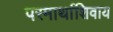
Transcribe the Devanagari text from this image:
परमार्थाशिवाय